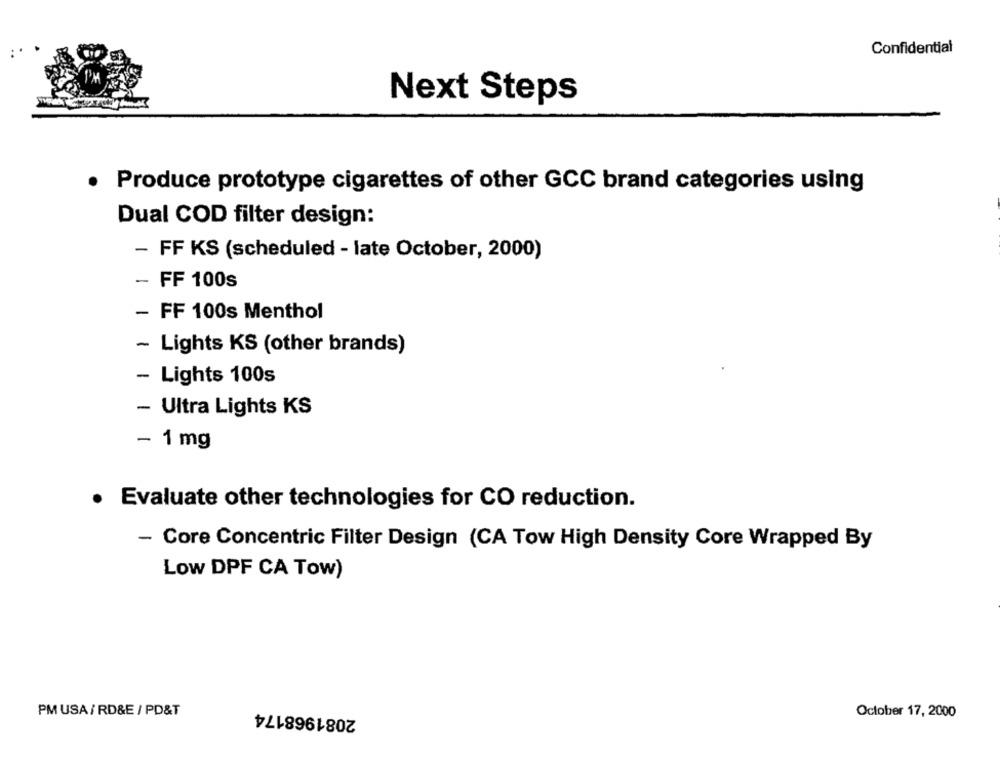
Confidential
Next Steps
.
Produce prototype cigarettes of other GCC brand categories using
Dual COD filter design:
-
FF KS (scheduled - late October, 2000)
- FF 100s
- FF 100s Menthol
- Lights KS (other brands)
- Lights 100s
- Ultra Lights KS
- 1 mg
· Evaluate other technologies for CO reduction.
- Core Concentric Filter Design (CA Tow High Density Core Wrapped By
Low DPF CA Tow)
2081968174
PM USA / RD&E / PD&T
October 17, 2000